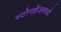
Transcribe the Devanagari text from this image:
स्टोनहेंजमध्ये